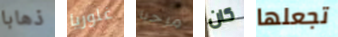
ذهابا غلوريا مرحبا كان تجعلها